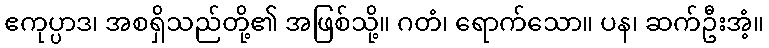
ဧကုပ္ပာဒ၊ အစရှိသည်တို့၏ အဖြစ်သို့။ ဂတံ၊ ရောက်သော။ ပန၊ ဆက်ဦးအံ့။